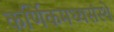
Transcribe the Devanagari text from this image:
कर्णिकमध्यसंस्थे